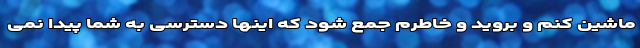
ماشین کنم و بروید و خاطرم جمع شود که اینها دسترسی به شما پیدا نمی